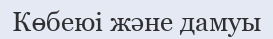
Көбеюі және дамуы